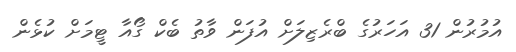
އުމުރުން 31 އަހަރުގެ ބްރެޒިލަށް އުފަން ވާތު ބެކް ގޯއާ ޓީމަށް ކުޅެން